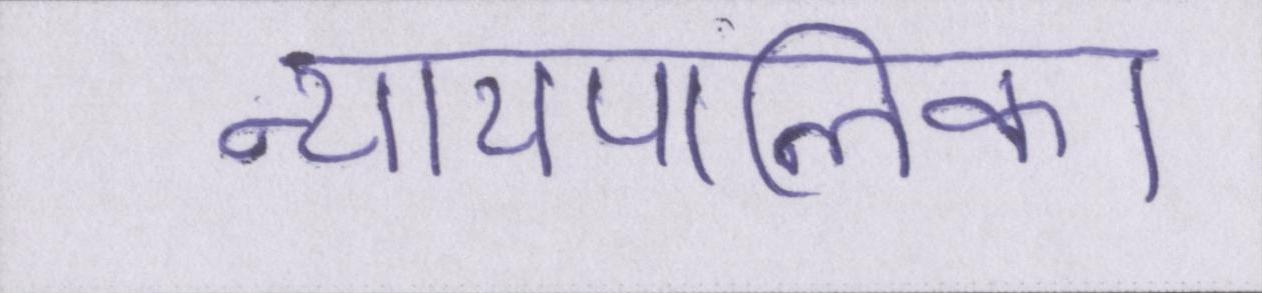
न्यायपालिका